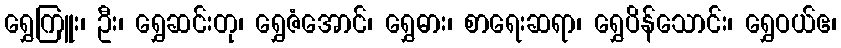
ရွှေကြူး၊ ဦး၊ ရွှေဆင်းတု၊ ရွှေဇံအောင်၊ ရွှေဓား၊ စာရေးဆရာ၊ ရွှေပိန်သောင်း၊ ရွှေဝယ်ဧ၊